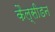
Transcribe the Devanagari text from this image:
कैल्सीडन